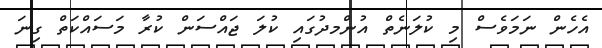
އެހެން ނަމަވެސް މި ކުލަނެތް އުންމދުގައި ކުލަ ޖައްސަން ކުރާ މަސައްކަތް ގިނަ